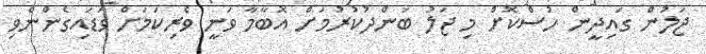
ޖަލުން ގައިދީން ހުސްކޮށް މި ޖަލު ބަންދުކުރުމަށް އޮބާމާ ވަނީ ވެރިކަމަށް ވަޑައިގެންނެވި